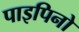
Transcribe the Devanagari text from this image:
पाइपिनो